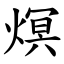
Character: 熐